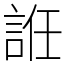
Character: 䛘